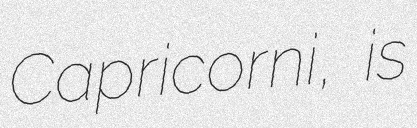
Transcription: Capricorni, is